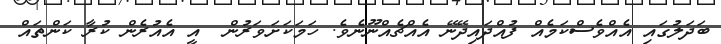
ބަދަލުގައި އެއްވެސްކަމެއް ފުއްދައިދޭނޭ އެއްޗެއްނޫނެވެ. ހަމަކަށަވަރުން  އީ އެއުރެން ކުރާ ކަންތައް